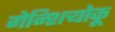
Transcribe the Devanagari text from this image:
गेन्शिर्‍योकू